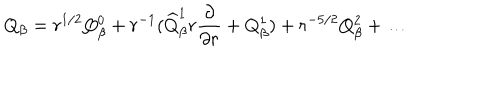
Q _ { \beta } = r ^ { 1 / 2 } Q _ { \beta } ^ { 0 } + r ^ { - 1 } ( \widehat { Q } _ { \beta } ^ { 1 } r \frac { \partial } { \partial r } + Q _ { \beta } ^ { 1 } ) + r ^ { - 5 / 2 } Q _ { \beta } ^ { 2 } + \ldots